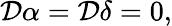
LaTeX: {\cal D}\alpha={\cal D}\delta=0,